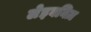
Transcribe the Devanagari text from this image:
लेइबनिज़